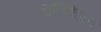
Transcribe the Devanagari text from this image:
सुनिशि्चत